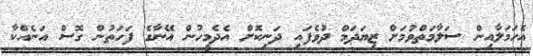
އެހަމަލާއިން ސަލާމަތްވުމަށް ޒިޔަދަމް ދުވެފައި ދަނިކޮށް އެދެމީހުން އޭނާގެ ފަހަތުން ގޮސް އަނެއްކާ